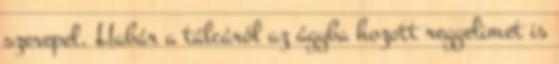
szerepel. Habár a tálcáról az ágyba hozott reggelimet is